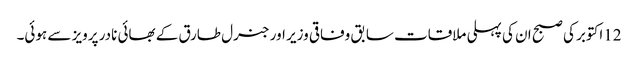
12اکتوبر کی صبح ان کی پہلی ملاقات سابق وفاقی وزیر اور جنرل طارق کے بھائی نادر پرویز سے ہوئی۔